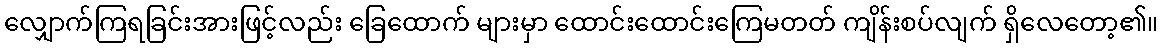
လျှောက်ကြရခြင်းအားဖြင့်လည်း ခြေထောက် များမှာ ထောင်းထောင်းကြေမတတ် ကျိန်းစပ်လျက် ရှိလေတော့၏။